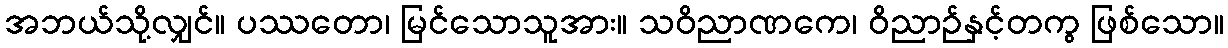
အဘယ်သို့လျှင်။ ပဿတော၊ မြင်သောသူအား။ သဝိညာဏကေ၊ ဝိညာဉ်နှင့်တကွ ဖြစ်သော။